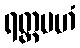
ရတ္တမဟံ